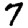
Digit: 7